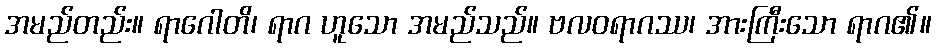
အမည်တည်း။ ရာဂေါတိ၊ ရာဂ ဟူသော အမည်သည်။ ဗလဝရာဂဿ၊ အားကြီးသော ရာဂ၏။